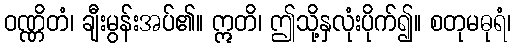
ဝဏ္ဏိတံ၊ ချီးမွန်းအပ်၏။ ဣတိ၊ ဤသို့နှလုံးပိုက်၍။ စတုမဓုရံ၊